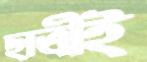
ছাত্রীই